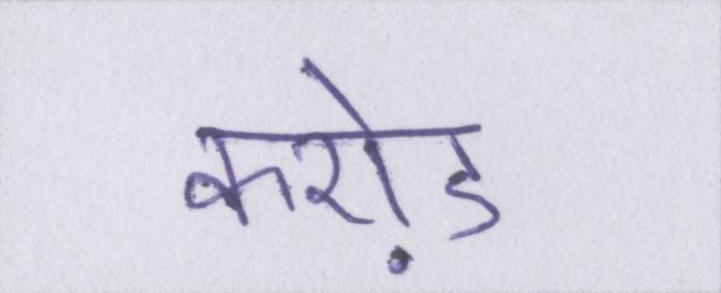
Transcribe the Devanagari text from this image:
करो़ड